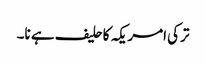
ترکی امریکہ کاحلیف ہے نا۔